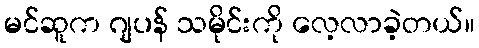
မင်ဆူက ဂျပန် သမိုင်းကို လေ့လာခဲ့တယ်။